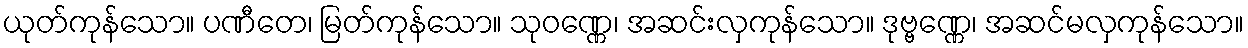
ယုတ်ကုန်သော။ ပဏီတေ၊ မြတ်ကုန်သော။ သုဝဏ္ဏေ၊ အဆင်းလှကုန်သော။ ဒုဗ္ဗဏ္ဏေ၊ အဆင်မလှကုန်သော။